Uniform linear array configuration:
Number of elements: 32
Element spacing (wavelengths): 0.75
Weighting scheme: cosine
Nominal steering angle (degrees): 0
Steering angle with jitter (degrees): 1.05
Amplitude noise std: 0.05
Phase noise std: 0.05

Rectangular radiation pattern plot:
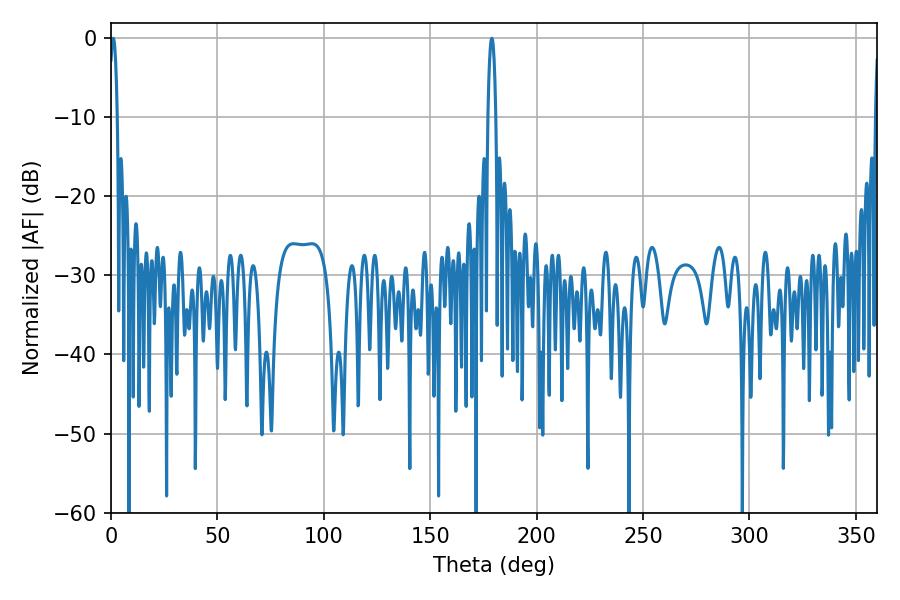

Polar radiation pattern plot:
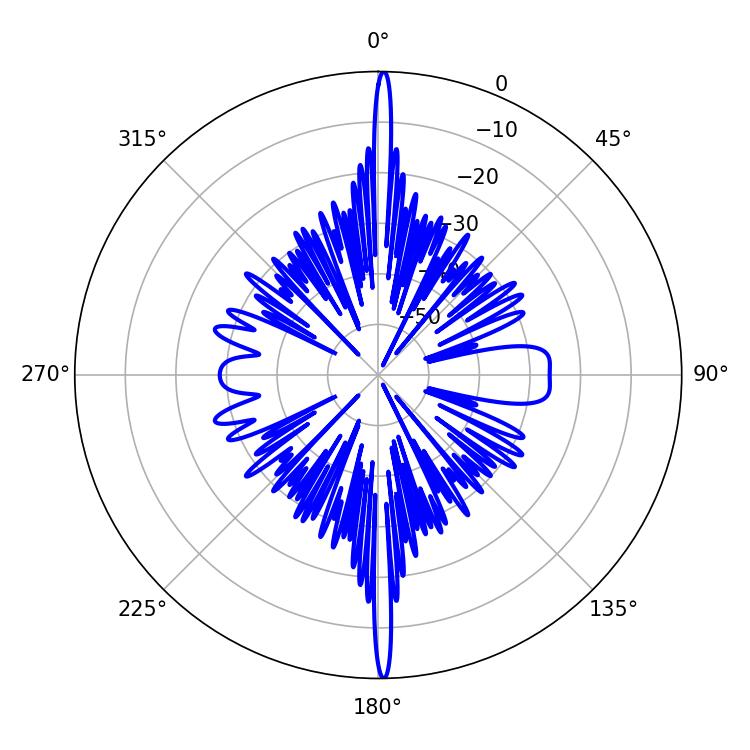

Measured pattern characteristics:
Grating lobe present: TRUE
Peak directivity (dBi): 30.7
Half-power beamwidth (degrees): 2.16
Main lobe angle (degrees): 178.92